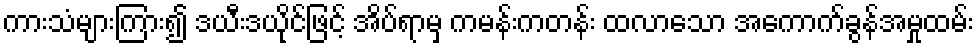
ကားသံများကြား၍ ဒယီးဒယိုင်ဖြင့် အိပ်ရာမှ ကမန်းကတန်း ထလာသော အကောက်ခွန်အမှုထမ်း